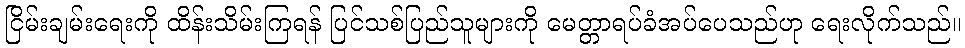
ငြိမ်းချမ်းရေးကို ထိန်းသိမ်းကြရန် ပြင်သစ်ပြည်သူများကို မေတ္တာရပ်ခံအပ်ပေသည်ဟု ရေးလိုက်သည်။